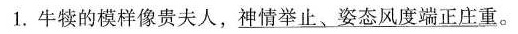
1.牛犊的模样像贵夫人，\underline{神情举止、姿态风度端正庄重}。